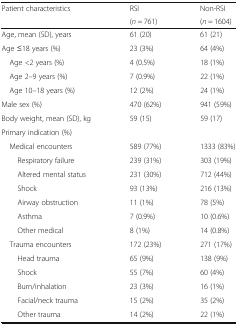
<table><thead><tr><td rowspan="2"><b>Patient characteristics</b></td><td><b>RSI</b></td><td><b>Non-RSI</b></td></tr><tr><td><b>(<i>n</i> = 761)</b></td><td><b>(<i>n</i> = 1604)</b></td></tr></thead><tbody><tr><td>Age, mean (SD), years</td><td>61 (20)</td><td>61 (21)</td></tr><tr><td>Age ≤18 years (%)</td><td>23 (3%)</td><td>64 (4%)</td></tr><tr><td> Age &lt;2 years (%)</td><td>4 (0.5%)</td><td>18 (1%)</td></tr><tr><td> Age 2–9 years (%)</td><td>7 (0.9%)</td><td>22 (1%)</td></tr><tr><td> Age 10–18 years (%)</td><td>12 (2%)</td><td>24 (1%)</td></tr><tr><td>Male sex (%)</td><td>470 (62%)</td><td>941 (59%)</td></tr><tr><td>Body weight, mean (SD), kg</td><td>59 (15)</td><td>59 (17)</td></tr><tr><td colspan="3">Primary indication (%)</td></tr><tr><td> Medical encounters</td><td>589 (77%)</td><td>1333 (83%)</td></tr><tr><td>Respiratory failure</td><td>239 (31%)</td><td>303 (19%)</td></tr><tr><td>Altered mental status</td><td>231 (30%)</td><td>712 (44%)</td></tr><tr><td>Shock</td><td>93 (13%)</td><td>216 (13%)</td></tr><tr><td>Airway obstruction</td><td>11 (1%)</td><td>78 (5%)</td></tr><tr><td>Asthma</td><td>7 (0.9%)</td><td>10 (0.6%)</td></tr><tr><td>Other medical</td><td>8 (1%)</td><td>14 (0.8%)</td></tr><tr><td> Trauma encounters</td><td>172 (23%)</td><td>271 (17%)</td></tr><tr><td>Head trauma</td><td>65 (9%)</td><td>138 (9%)</td></tr><tr><td>Shock</td><td>55 (7%)</td><td>60 (4%)</td></tr><tr><td>Burn/inhalation</td><td>23 (3%)</td><td>16 (1%)</td></tr><tr><td>Facial/neck trauma</td><td>15 (2%)</td><td>35 (2%)</td></tr><tr><td>Other trauma</td><td>14 (2%)</td><td>22 (1%)</td></tr></tbody></table>